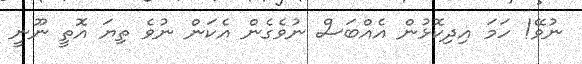
ނުވޭ! ހަމަ އިދިކޮޅުން އެއްބަސް ނުވެގެން އެކަން ނުވެ ތިޔަ އޮތީ ނޫނީ